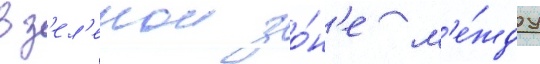
в з'ел'енои зо́н'е м'е́жду